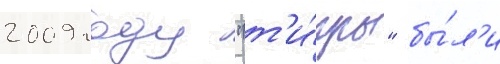
2009 году "т'и́гры" бы́л'и